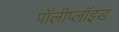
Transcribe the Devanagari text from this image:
पॉलीप्लॉइड